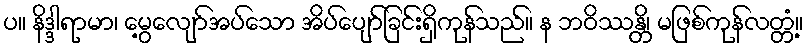
ပ။ နိဒ္ဒါရာမာ၊ မွေ့လျော်အပ်သော အိပ်ပျော်ခြင်းရှိကုန်သည်။ န ဘဝိဿန္တိ၊ မဖြစ်ကုန်လတ္တံ့။